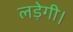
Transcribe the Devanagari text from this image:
लड़ेगी।